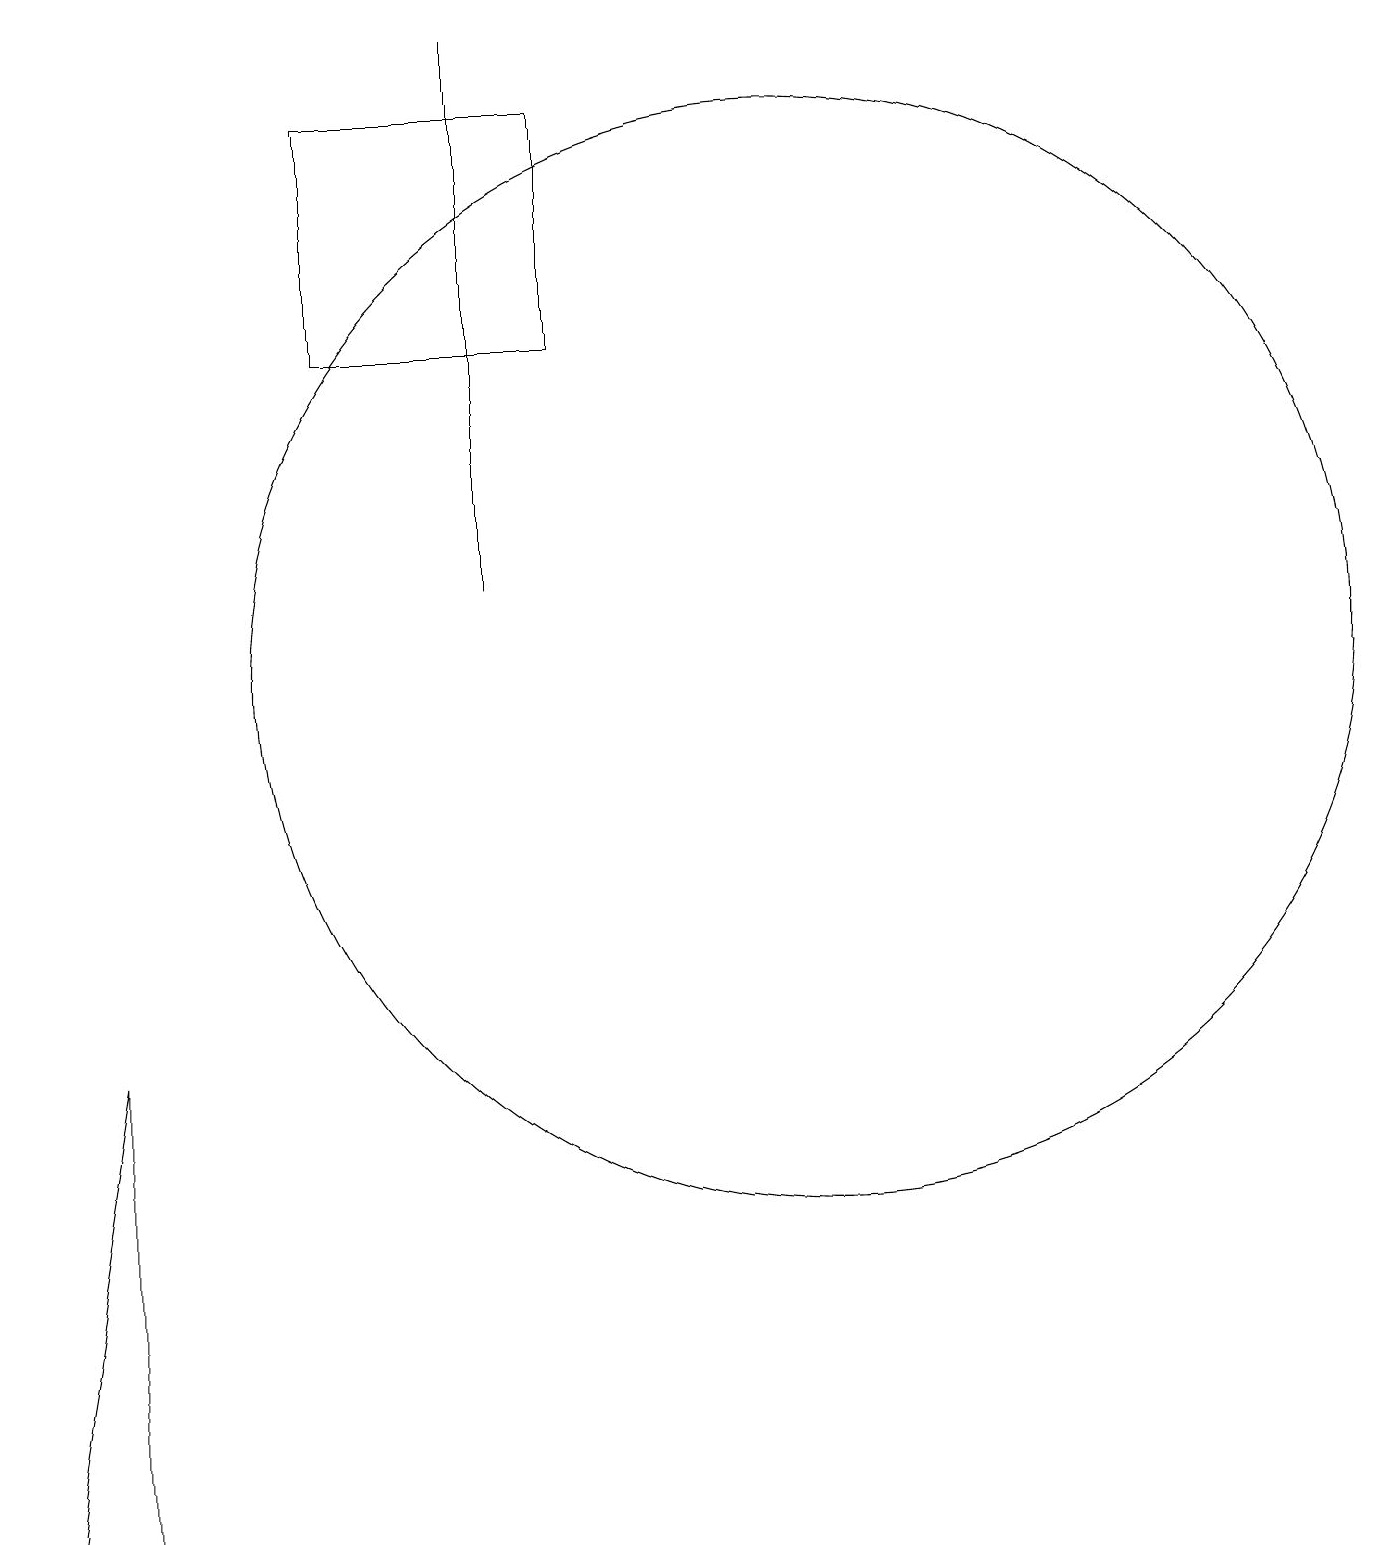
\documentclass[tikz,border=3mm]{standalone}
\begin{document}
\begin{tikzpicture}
\draw (11,11) circle (7);
\draw (7,12) rectangle (7,19);
\draw (2,0) -- (1,0) -- (2,6) -- cycle;
\draw (5,18) rectangle (8,15);
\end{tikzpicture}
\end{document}